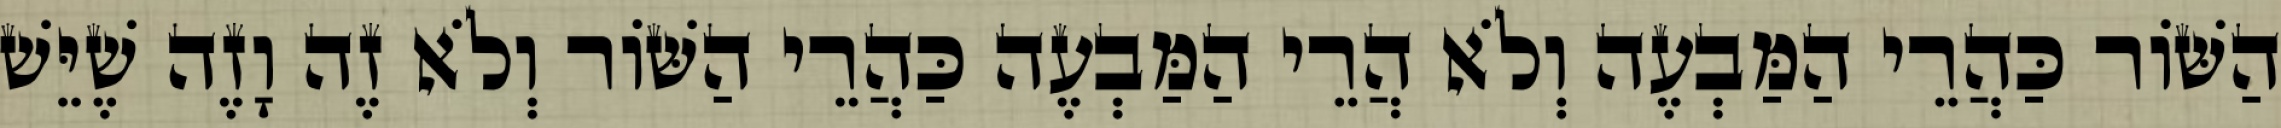
הַשּׁוֹר כַּהֲרֵי הַמַּבְעֶה וְלֹא הֲרֵי הַמַּבְעֶה כַּהֲרֵי הַשּׁוֹר וְלֹא זֶה וָזֶה שֶׁיֵּשׁ